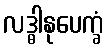
လဒ္ဓါနုပေက္ခံ